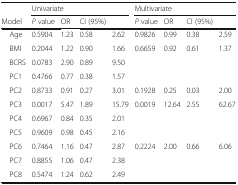
|  | <COLSPAN=4> Univariate | <COLSPAN=4> Multivariate |
 | Model | P value | OR | CI (95%) |  | P value | OR | CI (95%) |  |
 | --- | --- | --- | --- | --- | --- | --- | --- | --- |
 | Age | 0.5904 | 1.23 | 0.58 | 2.62 | 0.9826 | 0.99 | 0.38 | 2.59 |
 | BMI | 0.2044 | 1.22 | 0.90 | 1.66 | 0.6659 | 0.92 | 0.61 | 1.37 |
 | BCRS | 0.0783 | 2.90 | 0.89 | <COLSPAN=5> 9.50 |
 | PC1 | 0.4766 | 0.77 | 0.38 | <COLSPAN=5> 1.57 |
 | PC2 | 0.8733 | 0.91 | 0.27 | 3.01 | 0.1928 | 0.25 | 0.03 | 2.00 |
 | PC3 | 0.0017 | 5.47 | 1.89 | 15.79 | 0.0019 | 12.64 | 2.55 | 62.67 |
 | PC4 | 0.6967 | 0.84 | 0.35 | <COLSPAN=5> 2.01 |
 | PC5 | 0.9609 | 0.98 | 0.45 | <COLSPAN=5> 2.16 |
 | PC6 | 0.7464 | 1.16 | 0.47 | 2.87 | 0.2224 | 2.00 | 0.66 | 6.06 |
 | PC7 | 0.8855 | 1.06 | 0.47 | <COLSPAN=5> 2.38 |
 | PC8 | 0.5474 | 1.24 | 0.62 | <COLSPAN=5> 2.49 |